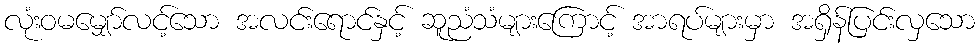
လုံးဝမမျှော်လင့်သော အလင်းရောင်နှင့် ဆူညံသံများကြောင့် အာရပ်များမှာ အရှိန်ပြင်းလှသော